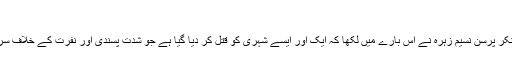
‘‘
خاتون اینکر پرسن نسیم زہرہ نے اس بارے میں لکھا کہ ایک اور ایسے شہری کو قتل کر دیا گیا ہے جو شدت پسندی اور نفرت کے خلاف سرگرم تھا۔